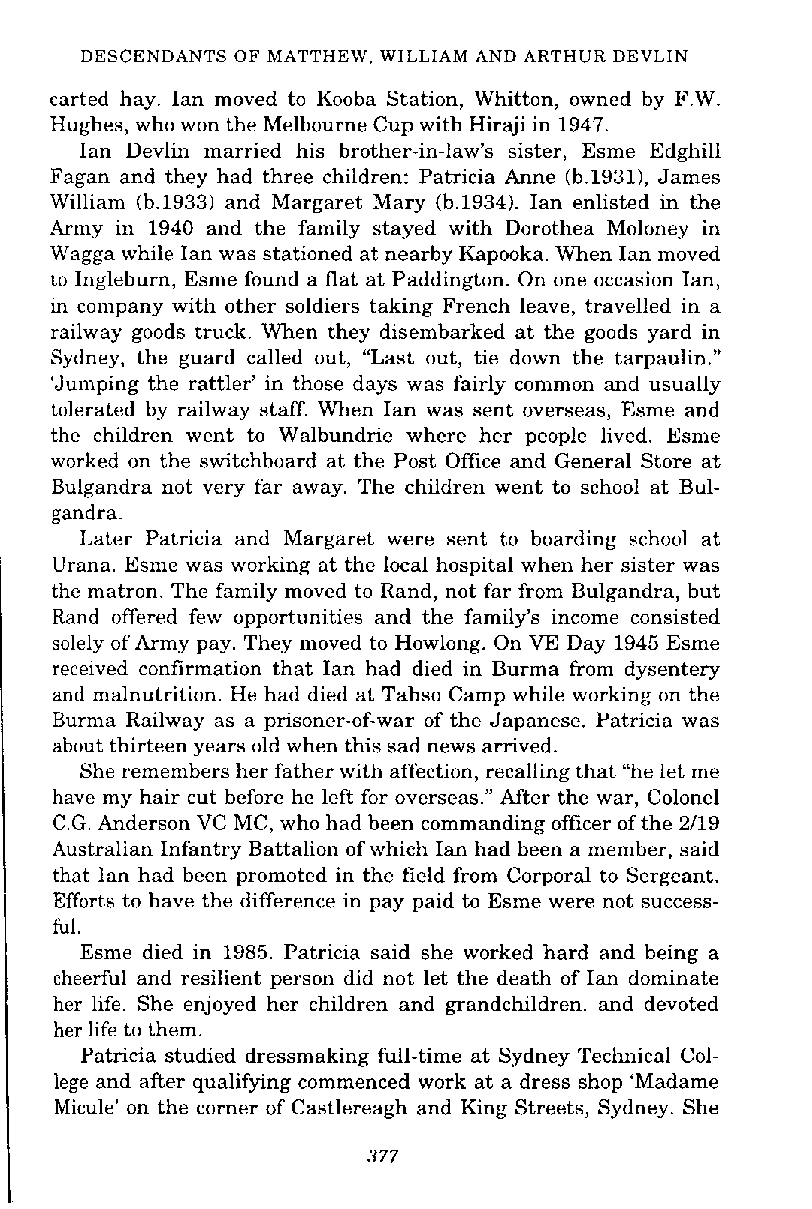
DESCENDANTS OF MATTHEW, WILLIAM AND ARTHUR DEVLIN
 carted hay. Ian moved to Kooba Station, Whitton, owned by F.W.
 Hughes, who won the Melbourne Cup with Hiraji in 1947.
 Ian Devlin married his brother-in-law's sister, Esme Edghill
 Fagan and they had three children: Patricia Anne (b.19311, James
 William (b.1933) and Margaret Mary (b.1934). Ian enlisted in the
 Army in 1940 and the family stayed with Dorothea Moloney in
 Wagga while Ian was stationed at nearby Kapooka. When Ian moved
 to Ingleburn, Esme found a flat at Paddington. On one occasion Ian,
 in company with other soldiers taking French leave, travelled in a
 railway goods truck. When they disembarked at the goods yard in
 Sydney, the guard called out, "Last out, tie down the tarpaulin."
 'Jumping the rattler' in those days was fairly common and usually
 tolerated by railway staff. When Ian was sent overseas, Esme and
 the children went to Walbundrie where her people lived. Esme
 worked on the switchboard at the Post Office and General Store at
 Bulgandra not very far away. The children went to school at Bul-
 gandra.
 Later Patricia and Margaret were sent to boarding school at
 Urana. Esme was working at the local hospital when her sister was
 the matron. The family moved to Rand, not far from Bulgandra, but
 Rand offered few opportunities and the family's income consisted
 solely of Army pay. They moved to Howlong. On VE Day 1945 Esme
 received confirmation that Ian had died in Burma from dysentery
 and malnutrition. He had died at Tahso Camp while working on the
 Burma Railway as a prisoner-of-war of the Japanese. Patricia was
 about thirteen years old when this sad news arrived.
 She remembers her father with affection, recalling that "he let me
 have my hair cut before he left for overseas." After the war, Colonel
 C.G. Anderson VC MC, who had been commanding officer of the 2/19
 Australian Infantry Battalion of which Ian had been a member, said
 that Ian had been promoted in the field from Corporal to Sergeant.
 Efforts to have the difference in pay paid to Esme were not success-
 ful.
 Esme died in 1985. Patricia said she worked hard and being a
 cheerful and resilient person did not let the death of Ian dominate
 her life. She enjoyed her children and grandchildren. and devoted
 her life to them.
 Patricia studied dressmaking full-time at Sydney Technical Col-
 lege and after qualifying commenced work at a dress shop 'Madame
 Micule' on the corner of Castlereagh and King Streets, Sydney. She